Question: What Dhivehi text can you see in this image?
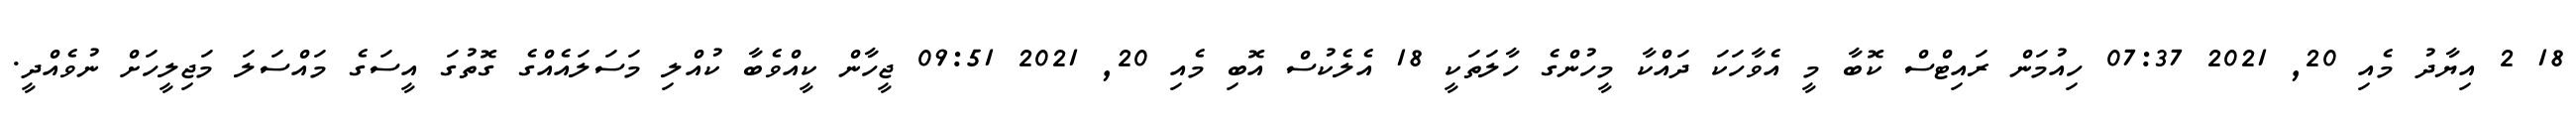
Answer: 18 2 އިޔާދު މެއި 20, 2021 07:37 ހިއުމަން ރައިޓްސް ކޮބާ މީ އެވާހަކަ ދައްކާ މީހުންގެ ހާލަތަކީ 18 އެލެކުސް އޮބި މެއި 20, 2021 09:51 ޖީހާން ކީއްވެބާ ކުއްލި މަސަލައެއްގެ ގޮތުގަ އީސަގެ މައްސަލަ މަޖިލީހަށް ނުވެއްދީ.